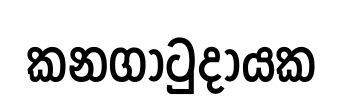
කනගාටුදායක